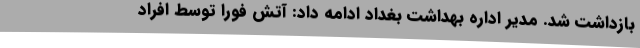
بازداشت شد. مدیر اداره بهداشت بغداد ادامه داد: آتش فورا توسط افراد